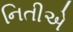
નિતીએ